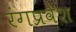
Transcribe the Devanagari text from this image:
रंगप्रवेश